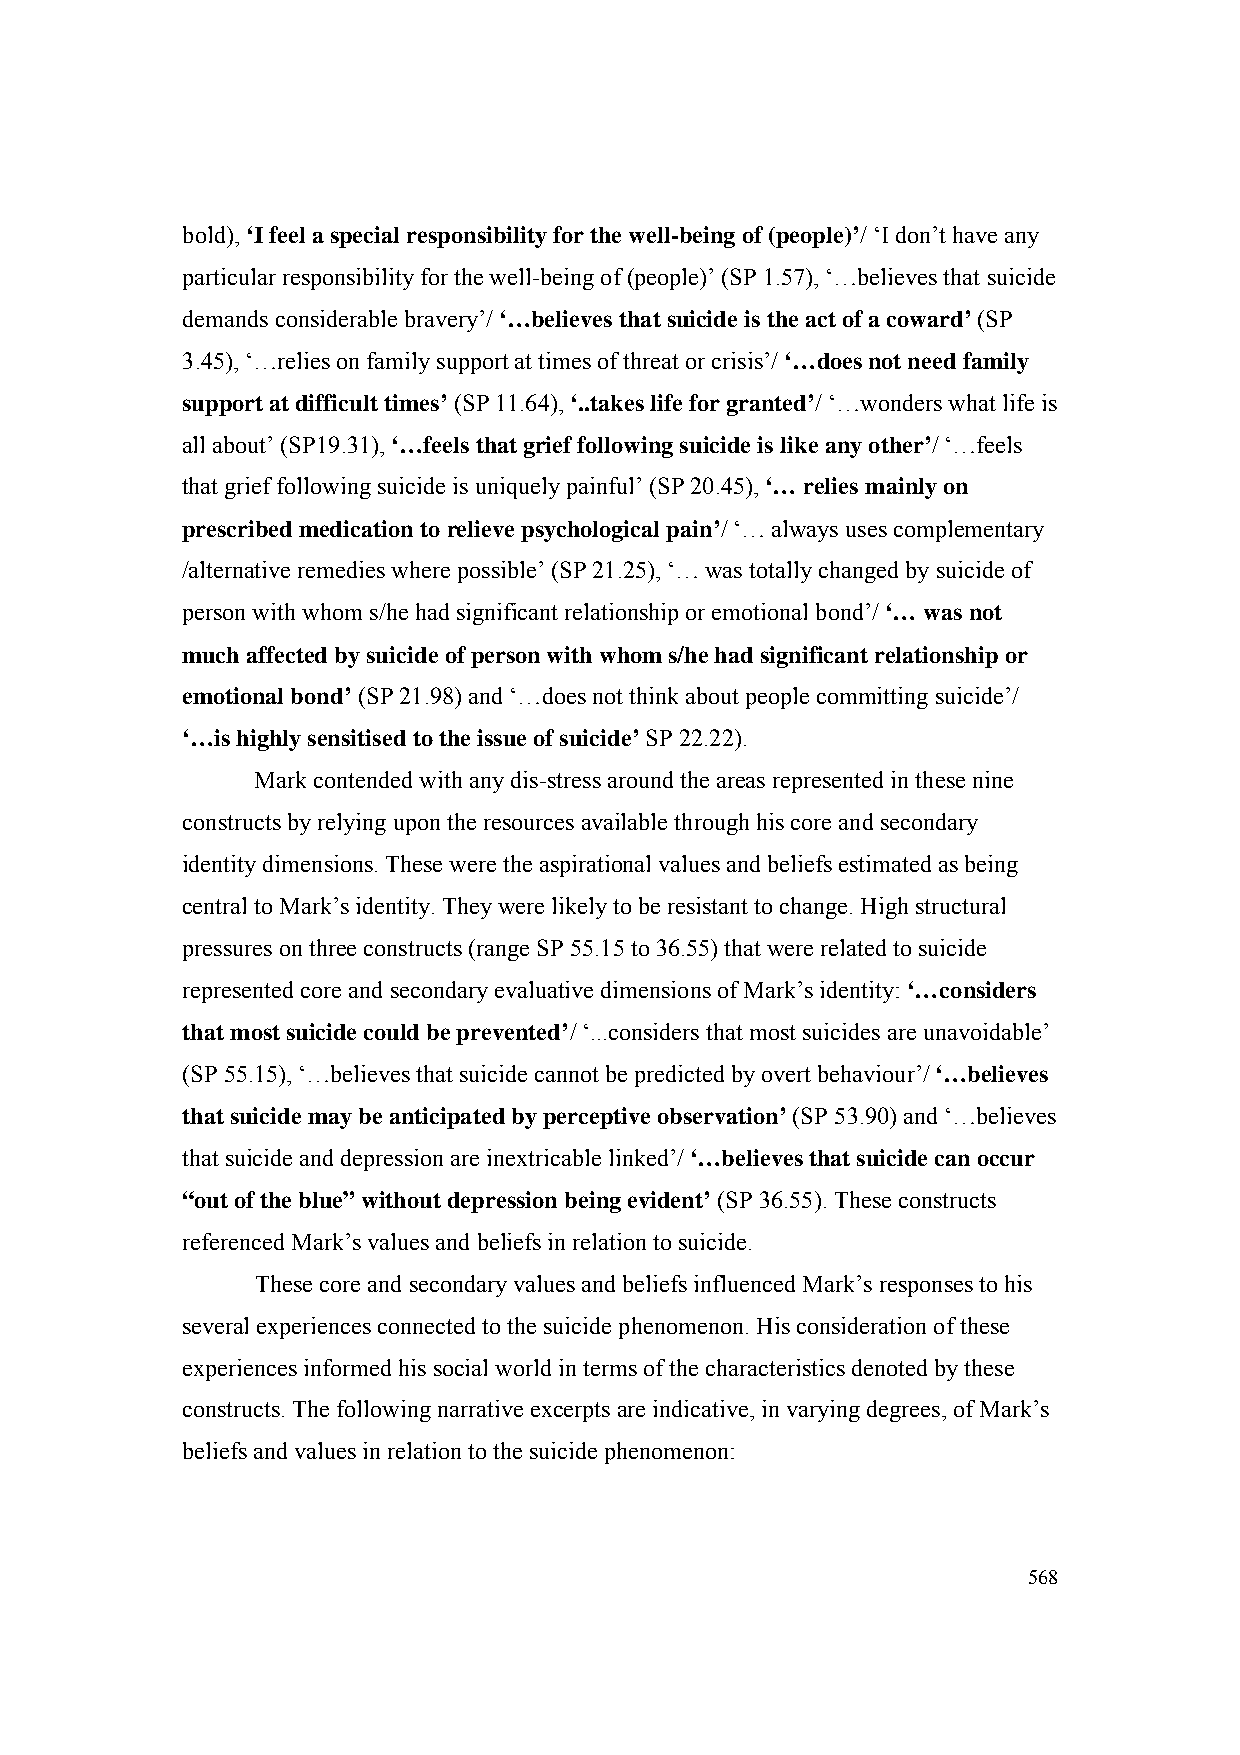
bold), ‘I feel a special responsibility for the well-being of (people)’/ ‘I don’t have any
 particular responsibility for the well-being of (people)’ (SP 1.57), ‘…believes that suicide
 demands considerable bravery’/ ‘…believes that suicide is the act of a coward’ (SP
 3.45), ‘…relies on family support at times of threat or crisis’/ ‘…does not need family
 support at difficult times’ (SP 11.64), ‘..takes life for granted’/ ‘…wonders what life is
 all about’ (SP19.31), ‘…feels that grief following suicide is like any other’/ ‘…feels
 that grief following suicide is uniquely painful’ (SP 20.45), ‘… relies mainly on
 prescribed medication to relieve psychological pain’/ ‘… always uses complementary
 /alternative remedies where possible’ (SP 21.25), ‘… was totally changed by suicide of
 person with whom s/he had significant relationship or emotional bond’/ ‘… was not
 much affected by suicide of person with whom s/he had significant relationship or
 emotional bond’ (SP 21.98) and ‘…does not think about people committing suicide’/
 ‘…is highly sensitised to the issue of suicide’ SP 22.22).
 Mark contended with any dis-stress around the areas represented in these nine
 constructs by relying upon the resources available through his core and secondary
 identity dimensions. These were the aspirational values and beliefs estimated as being
 central to Mark’s identity. They were likely to be resistant to change. High structural
 pressures on three constructs (range SP 55.15 to 36.55) that were related to suicide
 represented core and secondary evaluative dimensions of Mark’s identity: ‘…considers
 that most suicide could be prevented’/ ‘...considers that most suicides are unavoidable’
 (SP 55.15), ‘…believes that suicide cannot be predicted by overt behaviour’/ ‘…believes
 that suicide may be anticipated by perceptive observation’ (SP 53.90) and ‘…believes
 that suicide and depression are inextricable linked’/ ‘…believes that suicide can occur
 “out of the blue” without depression being evident’ (SP 36.55). These constructs
 referenced Mark’s values and beliefs in relation to suicide.
 These core and secondary values and beliefs influenced Mark’s responses to his
 several experiences connected to the suicide phenomenon. His consideration of these
 experiences informed his social world in terms of the characteristics denoted by these
 constructs. The following narrative excerpts are indicative, in varying degrees, of Mark’s
 beliefs and values in relation to the suicide phenomenon:
 568